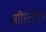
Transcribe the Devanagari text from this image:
अरिस्टोटल